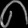
Digit: ၈